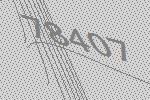
78407